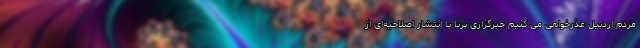
مردم اردبیل عذرخواهی می کنیم خبرگزاری برنا با انتشار اصلاحیه‌ای از